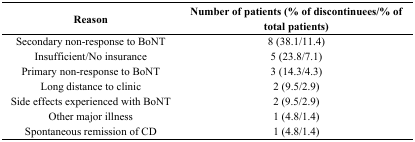
<table><thead><tr><td><b>Reason</b></td><td><b>Number of patients (% of discontinuees/% of total patients)</b></td></tr></thead><tbody><tr><td>Secondary non-response to BoNT</td><td>8 (38.1/11.4)</td></tr><tr><td>Insufficient/No insurance</td><td>5 (23.8/7.1)</td></tr><tr><td>Primary non-response to BoNT</td><td>3 (14.3/4.3)</td></tr><tr><td>Long distance to clinic</td><td>2 (9.5/2.9)</td></tr><tr><td>Side effects experienced with BoNT</td><td>2 (9.5/2.9)</td></tr><tr><td>Other major illness</td><td>1 (4.8/1.4)</td></tr><tr><td>Spontaneous remission of CD</td><td>1 (4.8/1.4)</td></tr></tbody></table>